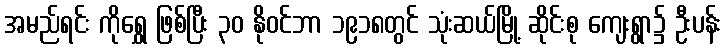
အမည်ရင်း ကိုရွှေ ဖြစ်ပြီး ၃၀ နိုဝင်ဘာ ၁၉၁၈တွင် သုံးဆယ်မြို့ ဆိုင်းစု ကျေးရွာ၌ ဦးပန်း